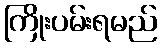
ကြိုးပမ်းရမည်